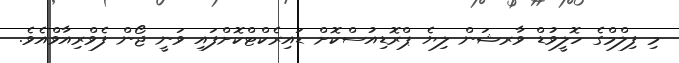
މި ފިލްމްގެ ހޮލީވުޑް ވާރޝަން ލިޔެ ޕްރޮޑިއުސްކޮށް ޑައިރެކްޓްކޮށްފައި ވަނީ ޖޯން ފެވްރިއާވްއެވެ.